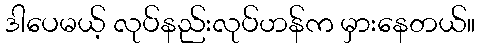
ဒါပေမယ့် လုပ်နည်းလုပ်ဟန်က မှားနေတယ်။